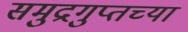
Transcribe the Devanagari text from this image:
समुद्रगुप्तच्या